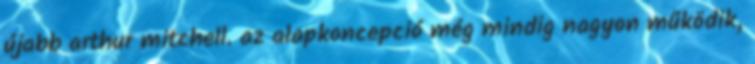
újabb arthur mitchell. az alapkoncepció még mindig nagyon működik,